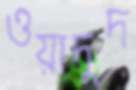
ওয়াদুদ